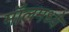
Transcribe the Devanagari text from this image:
मॉलमध्ये